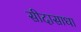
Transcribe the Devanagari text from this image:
सीदासाधा